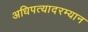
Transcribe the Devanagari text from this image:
अधिपत्यादरम्यान